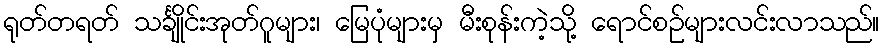
ရုတ်တရတ် သင်္ချိုင်းအုတ်ဂူများ၊ မြေပုံများမှ မီးစုန်းကဲ့သို့ ရောင်စဉ်များလင်းလာသည်။